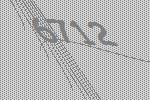
6712